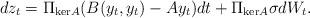
LaTeX: \begin{align*} dz_t = \Pi_{\mathrm{ker}A}(B(y_t,y_t)-Ay_t) dt + \Pi_{\mathrm{ker}A}\sigma dW_t. \end{align*}